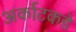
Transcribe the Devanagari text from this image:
अर्काटकडे